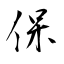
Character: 保